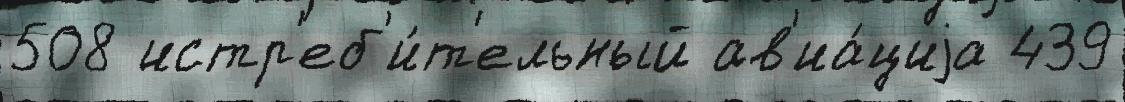
508 истр'еб'и́т'ельный ав'иа́циjа 439